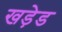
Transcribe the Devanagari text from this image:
खड़ेड